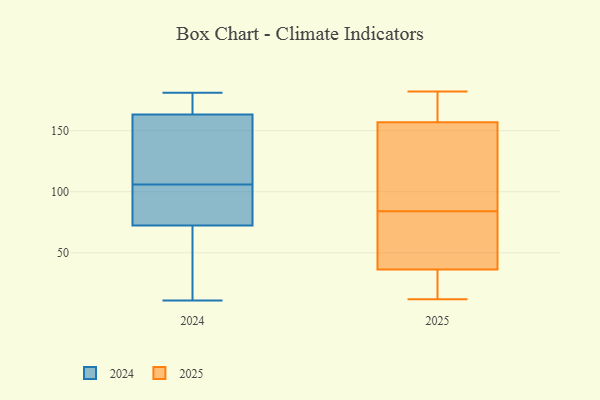
{"axis": {"x": "Shipments", "y": "Value"}, "legend": ["2024", "2025"], "data": [{"x": "", "y": 11, "type": "2024"}, {"x": "", "y": 106, "type": "2024"}, {"x": "", "y": 142, "type": "2024"}, {"x": "", "y": 71, "type": "2024"}, {"x": "", "y": 146, "type": "2024"}, {"x": "", "y": 169, "type": "2024"}, {"x": "", "y": 178, "type": "2024"}, {"x": "", "y": 76, "type": "2024"}, {"x": "", "y": 181, "type": "2024"}, {"x": "", "y": 39, "type": "2024"}, {"x": "", "y": 88, "type": "2024"}, {"x": "", "y": 119, "type": "2025"}, {"x": "", "y": 117, "type": "2025"}, {"x": "", "y": 12, "type": "2025"}, {"x": "", "y": 87, "type": "2025"}, {"x": "", "y": 157, "type": "2025"}, {"x": "", "y": 49, "type": "2025"}, {"x": "", "y": 178, "type": "2025"}, {"x": "", "y": 171, "type": "2025"}, {"x": "", "y": 25, "type": "2025"}, {"x": "", "y": 84, "type": "2025"}, {"x": "", "y": 20, "type": "2025"}, {"x": "", "y": 174, "type": "2025"}, {"x": "", "y": 56, "type": "2025"}, {"x": "", "y": 15, "type": "2025"}, {"x": "", "y": 182, "type": "2025"}, {"x": "", "y": 52, "type": "2025"}, {"x": "", "y": 36, "type": "2025"}, {"x": "", "y": 37, "type": "2025"}, {"x": "", "y": 157, "type": "2025"}]}